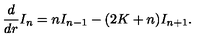
\frac { d } { d r } I _ { n } = n I _ { n - 1 } - ( 2 K + n ) I _ { n + 1 } .